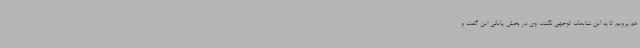
هم برویم تا به این شایعات توجهی نکنند. وی در بخش پایانی این گفت و